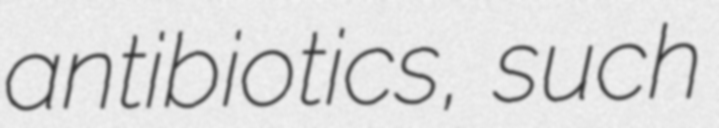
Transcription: antibiotics, such